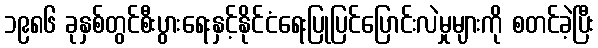
၁၉၈၆ ခုနှစ်တွင်စီးပွားရေးနှင့်နိုင်ငံရေးပြုပြင်ပြောင်းလဲမှုများကို စတင်ခဲ့ပြီး